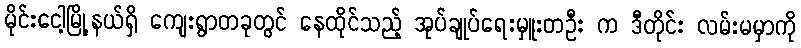
မိုင်းငေါ့မြို့နယ်ရှိ ကျေးရွာတခုတွင် နေထိုင်သည့် အုပ်ချုပ်ရေးမှူးတဦး က ဒီတိုင်း လမ်းမမှာကို